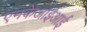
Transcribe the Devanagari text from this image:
एमकेआईआई